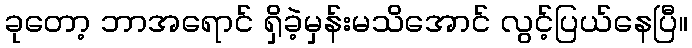
ခုတော့ ဘာအရောင် ရှိခဲ့မှန်းမသိအောင် လွင့်ပြယ်နေပြီ။